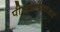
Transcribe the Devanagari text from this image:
पीएचओएचआई